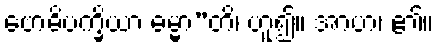
ဗောဓိပက္ခိယာ ဓမ္မာ”တိ၊ ဟူ၍။ အာဟ၊ ၏။